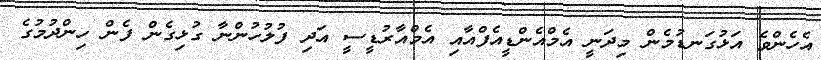
އެހެންވެ އަޅުގަނޑުމެން މިދަނީ އެމްއެންޑީއެފްއާއި އެމްއާރުޑީސީ އަދި ފުލުހުންނާ ގުޅިގެން ފެން ހިންދުމުގެ